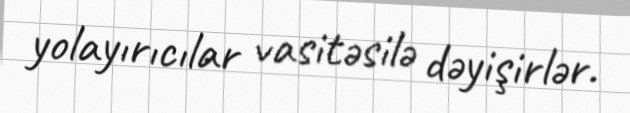
yolayırıcılar vasitəsilə dəyişirlər.